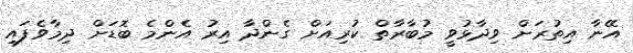
އޭނާ އިތުރަށް ވިދާޅުވީ މުބާރާތް ކުރިއަށް ގެންދާ އިރު އެންމެ ބޮޑަށް ދިމާވެފައި